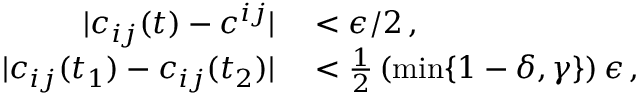
\begin{array} { r l } { | c _ { i j } ( t ) - c ^ { i j } | } & { { } < \epsilon / 2 \, , } \\ { | c _ { i j } ( t _ { 1 } ) - c _ { i j } ( t _ { 2 } ) | } & { { } < \frac { 1 } { 2 } \left( \operatorname* { m i n } \{ 1 - \delta , \gamma \} \right) \epsilon \, , } \end{array}